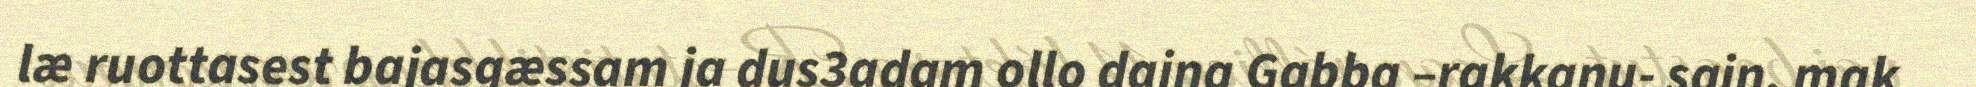
læ ruottasest bajasgæssam ja dus3adam ollo daina Gabba –rakkanu- sain, mak